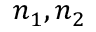
n _ { 1 } , n _ { 2 }